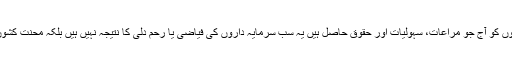
یہ دن دنیا بھر کے محنت کشوں کو یہ یاد دلاتا ہے کہ مزدوروں کو آج جو مراعات، سہولیات اور حقوق حاصل ہیں یہ سب سرمایہ داروں کی فیاضی یا رحم دلی کا نتیجہ نہیں ہیں بلکہ محنت کشوں کی کئی نسلوں کی قربانیوں اور مسلسل جدوجہد کا نتیجہ ہیں۔